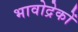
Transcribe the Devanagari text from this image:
भावोद्रेकों